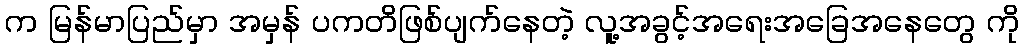
က မြန်မာပြည်မှာ အမှန် ပကတိဖြစ်ပျက်နေတဲ့ လူ့အခွင့်အရေးအခြေအနေတွေ ကို